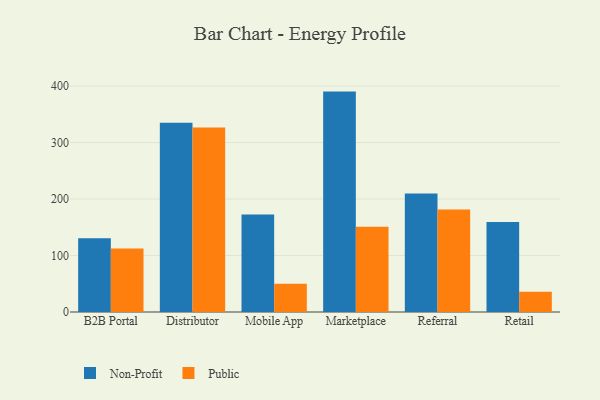
{"axis": {"x": "Channel", "y": "Satisfaction Score"}, "legend": ["Non-Profit", "Public"], "data": [{"x": "B2B Portal", "y": 130.6, "type": "Non-Profit"}, {"x": "B2B Portal", "y": 112.5, "type": "Public"}, {"x": "Distributor", "y": 335.2, "type": "Non-Profit"}, {"x": "Distributor", "y": 326.6, "type": "Public"}, {"x": "Mobile App", "y": 172.5, "type": "Non-Profit"}, {"x": "Mobile App", "y": 50.2, "type": "Public"}, {"x": "Marketplace", "y": 390.2, "type": "Non-Profit"}, {"x": "Marketplace", "y": 151.0, "type": "Public"}, {"x": "Referral", "y": 209.9, "type": "Non-Profit"}, {"x": "Referral", "y": 181.3, "type": "Public"}, {"x": "Retail", "y": 159.3, "type": "Non-Profit"}, {"x": "Retail", "y": 35.7, "type": "Public"}]}